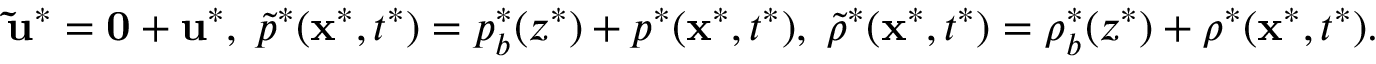
\begin{array} { r } { \mathbf { \tilde { u } ^ { * } } = \mathbf { 0 } + \mathbf { u } ^ { * } , \; \tilde { p } ^ { * } ( \mathbf { x } ^ { * } , t ^ { * } ) = p _ { b } ^ { * } ( z ^ { * } ) + p ^ { * } ( \mathbf { x } ^ { * } , t ^ { * } ) , \; \tilde { \rho } ^ { * } ( \mathbf { x } ^ { * } , t ^ { * } ) = \rho _ { b } ^ { * } ( z ^ { * } ) + \rho ^ { * } ( \mathbf { x } ^ { * } , t ^ { * } ) . } \end{array}